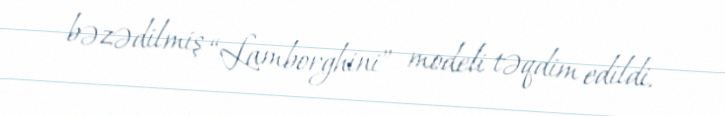
bəzədilmiş “Lamborghini” modeli təqdim edildi.